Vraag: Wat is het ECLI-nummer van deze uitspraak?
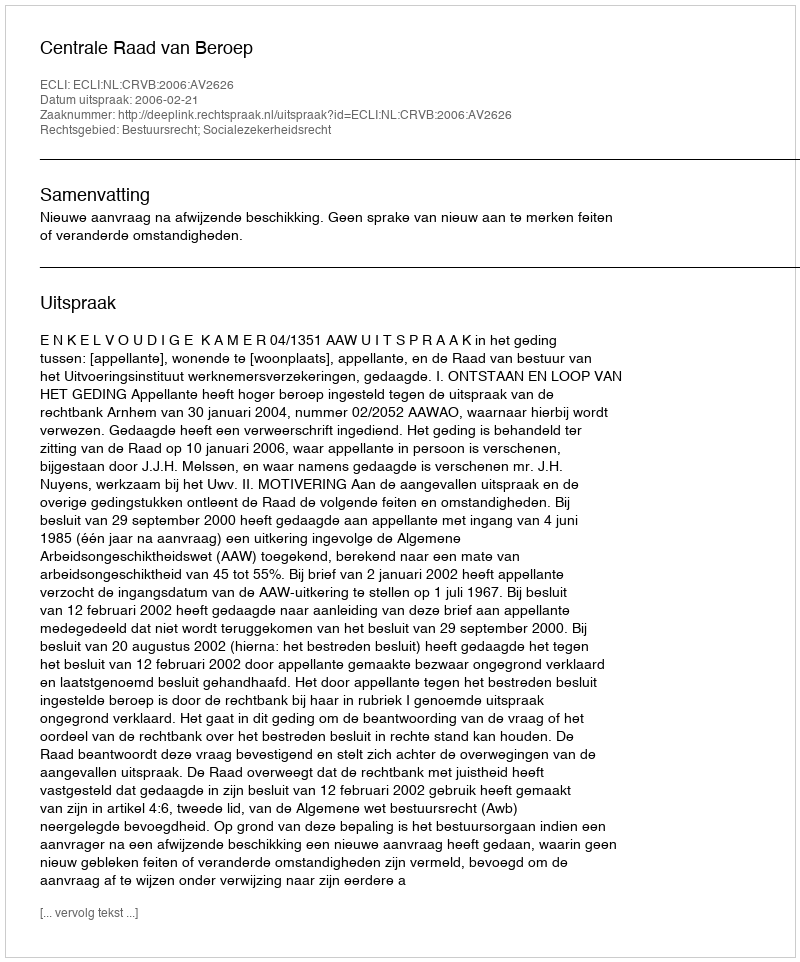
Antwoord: ECLI:NL:CRVB:2006:AV2626